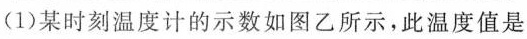
(1)某时刻温度计的示数如图乙所示，此温度值是